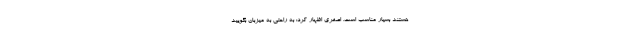
هستند بسیار مناسب است. اصغری اظهار کرد: به راحتی به میزبان بگویید